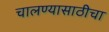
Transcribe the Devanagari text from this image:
चालण्यासाठीचा